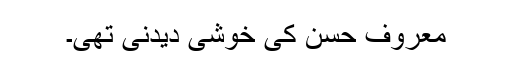
معروف حسن کی خوشی دیدنی تھی۔